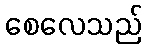
စေလေသည်